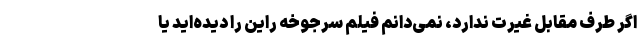
اگر طرف مقابل غیرت ندارد، نمی‌دانم فیلم سرجوخه راین را دیده‌اید یا